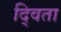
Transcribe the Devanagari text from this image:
द्विता